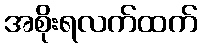
အစိုးရလက်ထက်